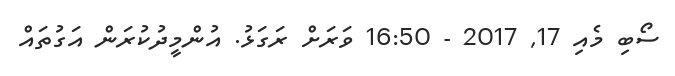
ސޯބި މެއި 17